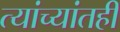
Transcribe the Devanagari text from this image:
त्यांच्यांतही